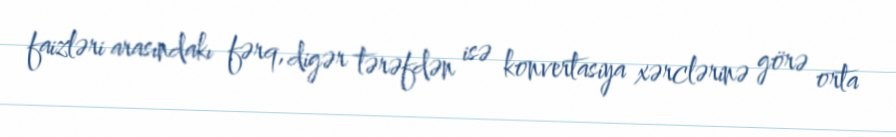
faizləri arasındakı fərq, digər tərəfdən isə konvertasiya xərclərinə görə orta